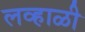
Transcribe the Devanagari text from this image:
लव्हाळी